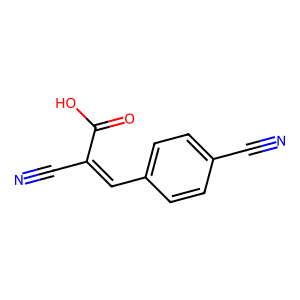
SMILES: N#CC(=Cc1ccc(C#N)cc1)C(=O)O
Inhibits HIV replication: No